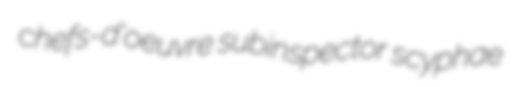
chefs-d'oeuvre subinspector scyphae